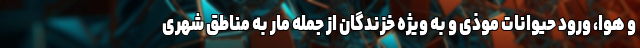
و هوا، ورود حیوانات موذی و به ویژه خزندگان از جمله مار به مناطق شهری